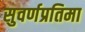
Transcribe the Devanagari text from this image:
सुवर्णप्रतिमा